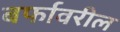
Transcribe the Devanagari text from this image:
बर्फावरील